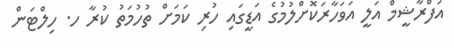
އަފްރާޝީމް އަލީ އަވަހާރަކޮށްލުމުގެ އަޑީގައި ހުރި ކަމަށް ތުހުމަތު ކުރާ ހ. ހިލްޓަން